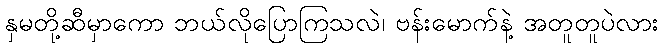
နှမတို့ဆီမှာကော ဘယ်လိုပြောကြသလဲ၊ ဗန်းမောက်နဲ့ အတူတူပဲလား